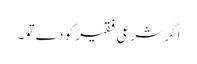
اگر شرعی فقیر کو دے تو ۔